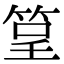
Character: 䇸